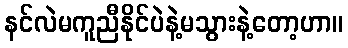
နင်လဲမကူညီနိုင်ပဲနဲ့မသွားနဲ့တော့ဟာ။